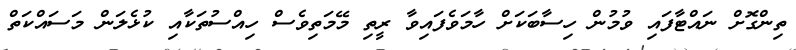
ތިންގޮށް ނައްޓާފައި ވުމުން ހިސާބަކަށް ހާމަވެފައިވާ ރީތި މޭމަތިވެސް ހިއްސުތަކާއި ކުޅެލަން މަސައްކަތް